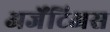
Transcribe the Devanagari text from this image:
अर्जेंटिअस